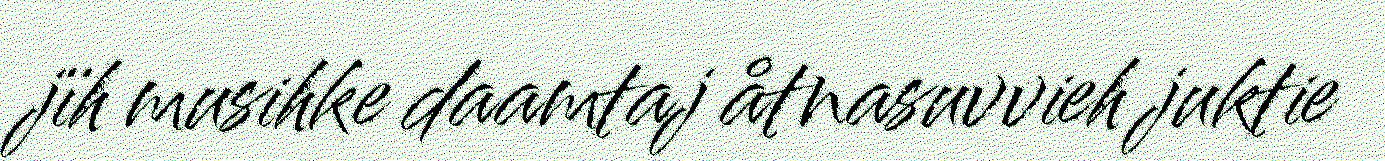
jïh musihke daamtaj åtnasuvvieh juktie